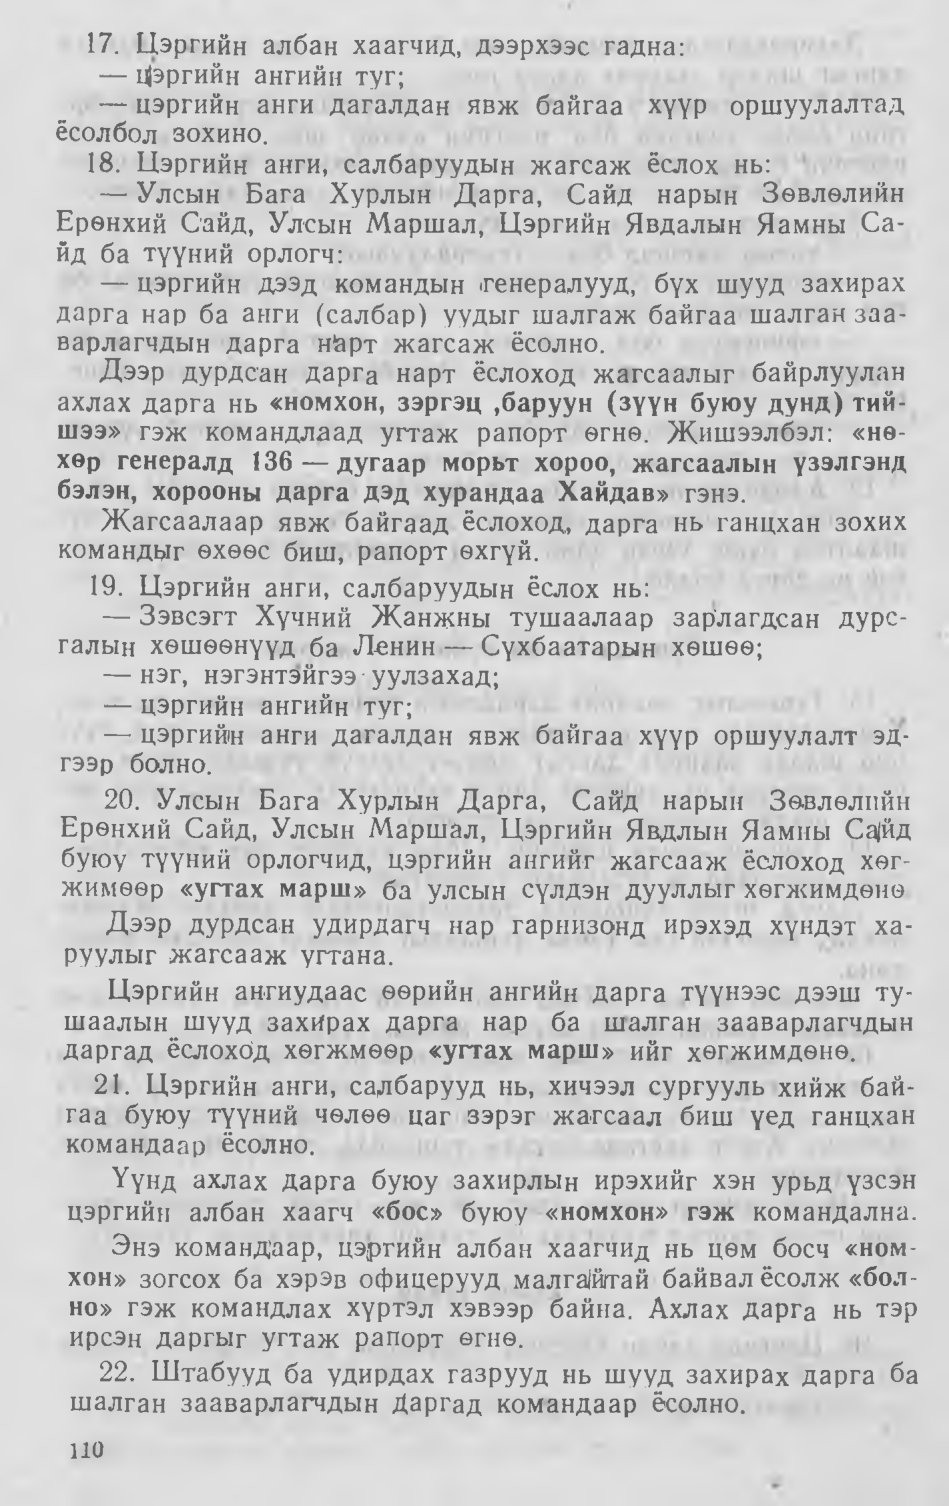
Language: mn